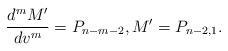
LaTeX: \begin{align*} \frac{d^mM'}{dv^m}=P_{n-m-2},M'=P_{n-2,1}.\end{align*}